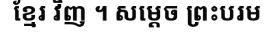
ខ្មែរ វិញ ។ សម្តេច ព្រះបរម